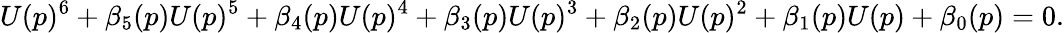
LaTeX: U(p)^{6}+\beta_{5}(p)U(p)^{5}+\beta_{4}(p)U(p)^{4}+\beta_{3}(p)U(p)^{3}+\beta_{2}(p)U(p)^{2}+\beta_{1}(p)U(p)+\beta_{0}(p)=0.